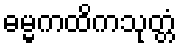
ဓမ္မကထိကသုတ္တံ